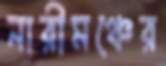
নারীমঞ্চের